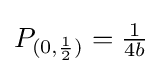
P_{(0,{\frac {1}{2}})}={\tfrac {1}{4b}}